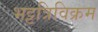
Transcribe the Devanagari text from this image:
भट्टत्रिविक्रम